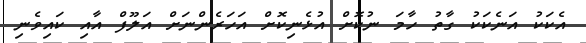
އެކަކު އަނެކަކު ގާތު ހާމަ ނުކޮށް އުޅެނިކޮށް އަހަރެންނަށް އަލޫފް އާއި ކައިވެނި